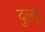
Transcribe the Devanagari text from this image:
दुल्कू